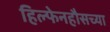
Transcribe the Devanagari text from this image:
हिल्फेनहौसच्या